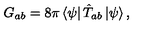
G _ { a b } = 8 \pi \left< \psi \right| \hat { T } _ { a b } \left| \psi \right> ,